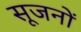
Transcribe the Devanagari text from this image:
सूजनों